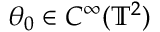
\theta _ { 0 } \in C ^ { \infty } ( \ensuremath { \mathbb { T } } ^ { 2 } )